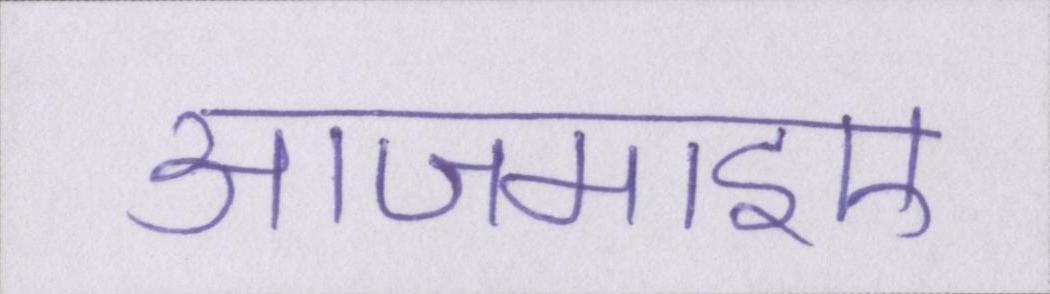
आजमाइए